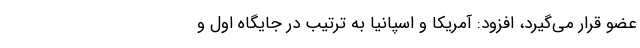
عضو قرار می‌گیرد، افزود: آمریکا و اسپانیا به ترتیب در جایگاه اول و